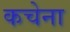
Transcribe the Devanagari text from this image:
कचेना